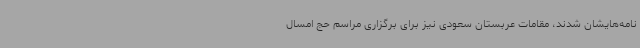
نامه‌هایشان شدند، مقامات عربستان سعودی نیز برای برگزاری مراسم حج امسال